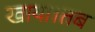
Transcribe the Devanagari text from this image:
खाया।तब